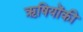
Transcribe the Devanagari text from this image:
ऋषियोंकी